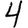
Digit: 4